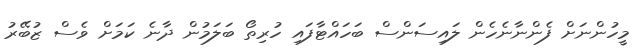
މީހުންނަށް ފެންނާނެހެން ލައިސަންސް ބަހައްޓާފައި ހުރިތޯ ބަލަމުން ދާނެ ކަމަށް ވެސް ޒުބޭރު